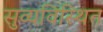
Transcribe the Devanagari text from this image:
सुव्यविस्थित